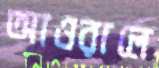
আওরালে